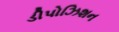
ડીપોઝિશન